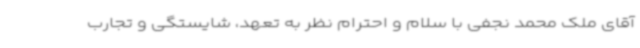
آقای ملک محمد نجفی با سلام و احترام نظر به تعهد، شایستگی و تجارب